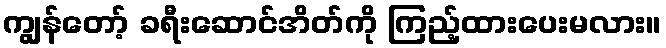
ကျွန်တော့် ခရီးဆောင်အိတ်ကို ကြည့်ထားပေးမလား။